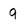
Character: 9